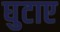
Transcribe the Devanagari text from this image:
घुटाए